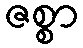
ဇစ္စာ